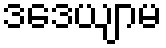
ဒဒေယျာမ